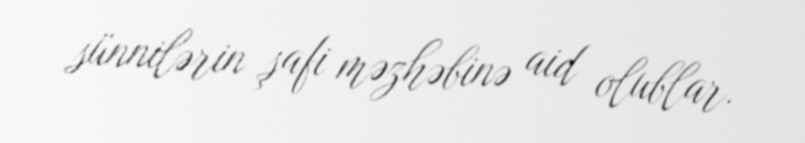
sünnilərin şafi məzhəbinə aid olublar.